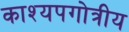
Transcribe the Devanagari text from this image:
काश्यपगोत्रीय